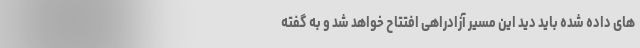
های داده شده باید دید این مسیر آزادراهی افتتاح خواهد شد و به گفته